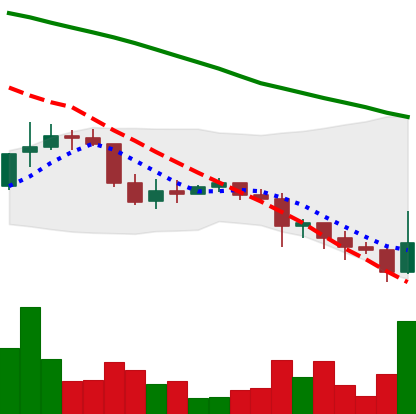
Ticker: DOGE-USD
Chart end date: 2022-01-11
Forward return: 15.5%
Label: up_7plus